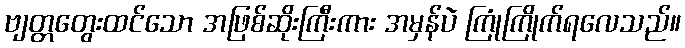
ဗျတ္တတွေးထင်သော အဖြစ်ဆိုးကြီးကား အမှန်ပဲ ကြုံကြိုက်ရလေသည်။